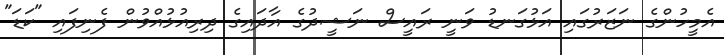
އެމީހުންގެ ނަޒަރުގައި އަޅުގަނޑު ވަނީ ރައީސް ނަޝީދުގެ އާދައިގެ ދިރިއުޅުއްވުން ފެނިފައި "ކަޑަ"